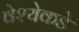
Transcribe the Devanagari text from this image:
वेश्येकडे